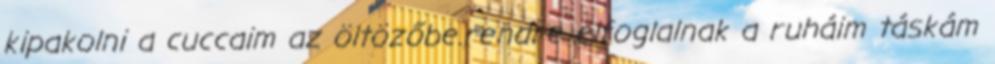
kipakolni a cuccaim az öltözőbe.rendre elfoglalnak a ruháim táskám